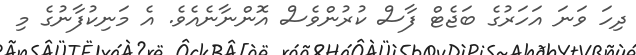
ދިހަ ވަނަ އަހަރުގެ ބަޖެޓް ފާސް ކުރުންވެސް އޮންނާނެއެވެ. އެ މަނިކުފާނުގެ މި